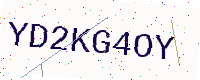
Text: YD2KG4OY